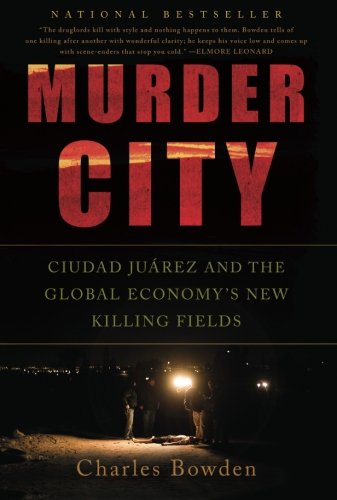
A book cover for Murder City: Ciudad Juarez and the Global Economy's New Killing Fields; Charles Bowden; Biographies & Memoirs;